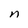
Character: n